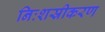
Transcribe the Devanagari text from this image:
निःशस्रीकरण